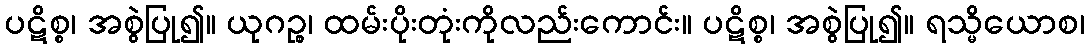
ပဋိစ္စ၊ အစွဲပြု၍။ ယုဂဉ္စ၊ ထမ်းပိုးတုံးကိုလည်းကောင်း။ ပဋိစ္စ၊ အစွဲပြု၍။ ရသ္မိယောစ၊